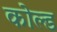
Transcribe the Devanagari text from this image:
कोल्‍ड